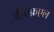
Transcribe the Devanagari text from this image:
वीऍफ़एल